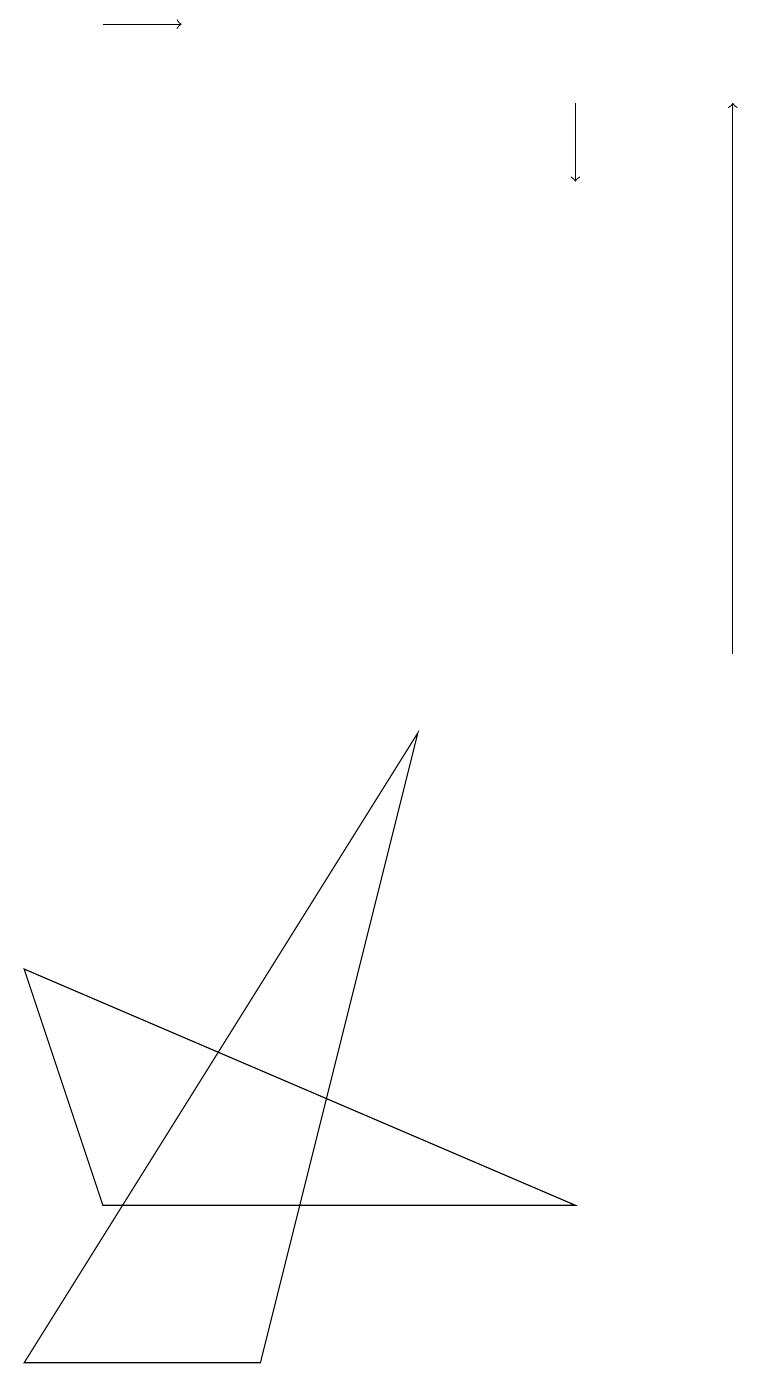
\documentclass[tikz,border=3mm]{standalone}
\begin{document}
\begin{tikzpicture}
\draw[->] (9,10) -- (9,17);
\draw[->] (7,17) -- (7,16);
\draw (3,1) -- (5,9) -- (0,1) -- cycle;
\draw[->] (1,18) -- (2,18);
\draw (7,3) -- (1,3) -- (0,6) -- cycle;
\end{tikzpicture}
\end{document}